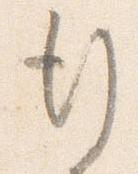
行